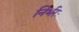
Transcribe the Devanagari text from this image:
निर्भरः